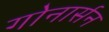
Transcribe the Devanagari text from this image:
गोनार्सन